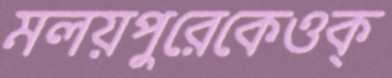
মলয়পুরেকেওক্